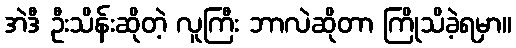
အဲဒီ ဦးသိန်းဆိုတဲ့ လူကြီး ဘာလဲဆိုတာ ကြိုသိခဲ့ရမှာ။